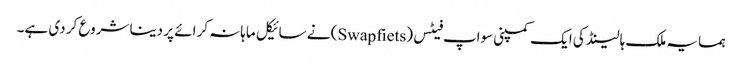
ہمسایہ ملک ہالینڈ کی ایک کمپنی سواپ فیٹس (Swapfiets) نے سائیکل ماہانہ کرائے پر دینا شروع کر دی ہے۔